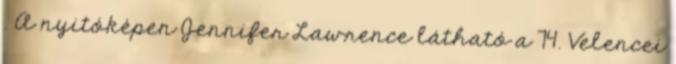
. A nyitóképen Jennifer Lawrence látható a 74. Velencei